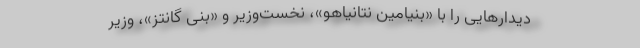
دیدارهایی را با «بنیامین نتانیاهو»، نخست‌وزیر و «بنی گانتز»، وزیر